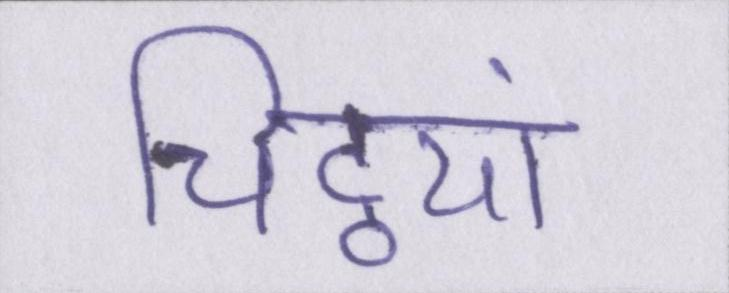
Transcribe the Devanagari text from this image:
चिट्ठयां